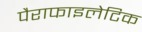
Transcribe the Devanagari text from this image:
पैराफाइलेटिक